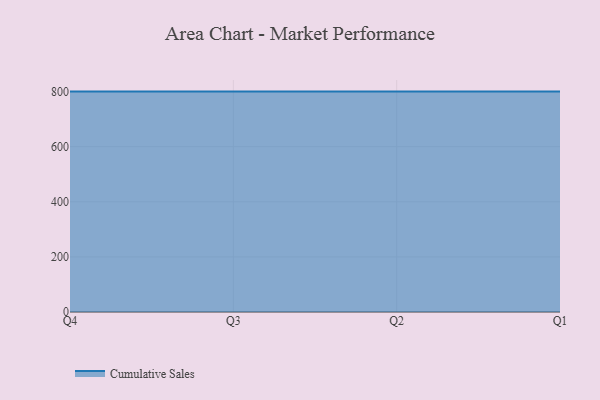
{"axis": {"x": "Quarter", "y": "Active Users"}, "legend": ["Cumulative Sales"], "data": [{"x": "Q4", "y": 800, "type": "Cumulative Sales"}, {"x": "Q3", "y": 800, "type": "Cumulative Sales"}, {"x": "Q2", "y": 800, "type": "Cumulative Sales"}, {"x": "Q1", "y": 800, "type": "Cumulative Sales"}]}